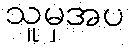
သူမှအပ